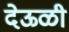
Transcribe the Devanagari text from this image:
देऊळी